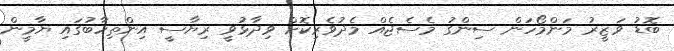
ބޮޑު ވަޒީރު މަންމޯހަން ސިންގު މެސެޖެއް މެދުވެރިކޮށް ވިދާޅުވީ ރިޔާސީ އިންތިހާބުގައި ޔާމީން